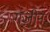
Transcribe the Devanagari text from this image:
गज़ीन